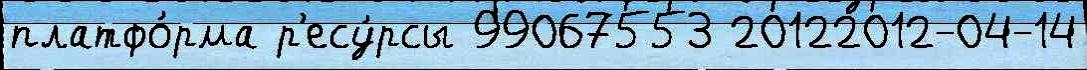
платфо́рма р'есу́рсы 99067553 20122012-04-14